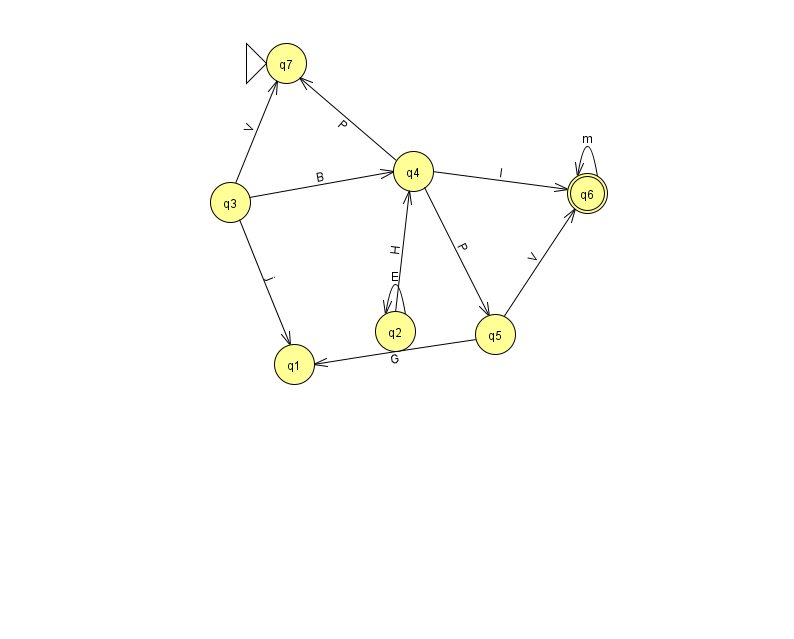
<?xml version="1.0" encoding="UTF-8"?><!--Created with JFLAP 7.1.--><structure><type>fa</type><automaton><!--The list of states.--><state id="1" name="q1"><x>294.0</x><y>351.0</y></state><state id="2" name="q2"><x>395.0</x><y>318.0</y></state><state id="3" name="q3"><x>230.0</x><y>189.0</y></state><state id="4" name="q4"><x>413.0</x><y>158.0</y></state><state id="5" name="q5"><x>495.0</x><y>321.0</y></state><state id="6" name="q6"><x>587.0</x><y>180.0</y><final/></state><state id="7" name="q7"><x>286.0</x><y>50.0</y><initial/></state><!--The list of transitions.--><transition><from>3</from><to>4</to><read>B</read></transition><transition><from>3</from><to>7</to><read>V</read></transition><transition><from>2</from><to>2</to><read>E</read></transition><transition><from>4</from><to>6</to><read>I</read></transition><transition><from>4</from><to>7</to><read>P</read></transition><transition><from>5</from><to>6</to><read>V</read></transition><transition><from>2</from><to>4</to><read>H</read></transition><transition><from>6</from><to>6</to><read>m</read></transition><transition><from>4</from><to>5</to><read>P</read></transition><transition><from>3</from><to>1</to><read>j</read></transition><transition><from>5</from><to>1</to><read>G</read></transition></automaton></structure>